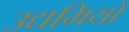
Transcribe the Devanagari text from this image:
उद्यमियो